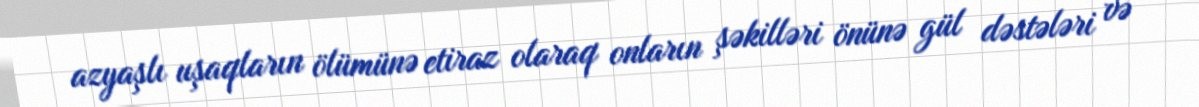
azyaşlı uşaqların ölümünə etiraz olaraq onların şəkilləri önünə gül dəstələri və